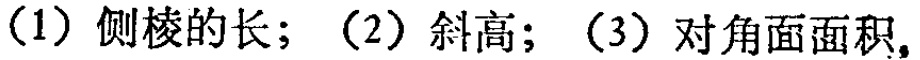
（1）侧棱的长；（2）斜高；（3）对角面面积。